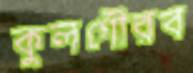
কুলগৌরব